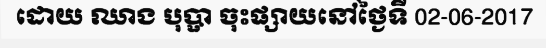
ដោយ ឈាង បុប្ផា ចុះផ្សាយនៅថ្ងៃទី 02-06-2017